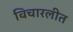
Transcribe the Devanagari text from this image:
विचारलीत